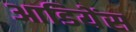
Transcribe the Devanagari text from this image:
आडियेंस